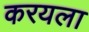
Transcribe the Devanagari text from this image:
करयला